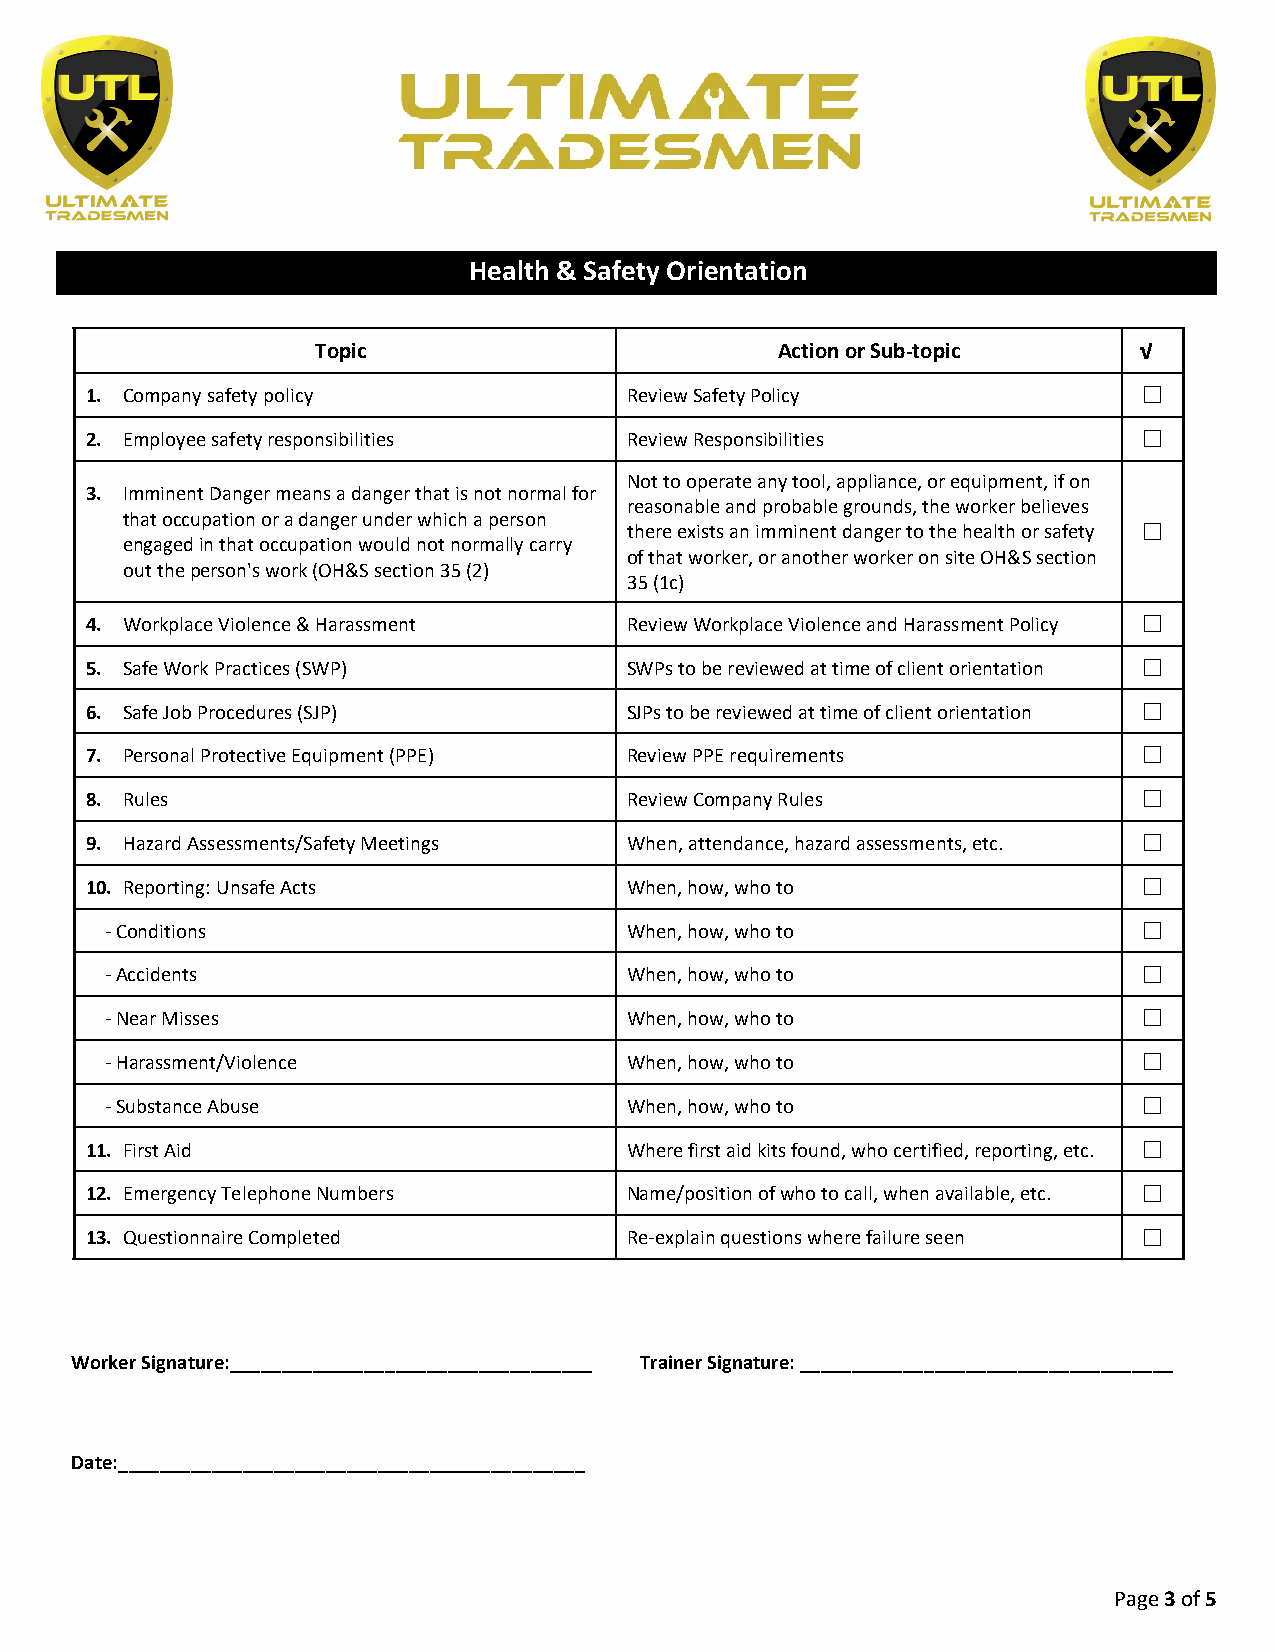
Health & Safety Orientation
 Topic                         Action or Sub-topic     √
 1. Company safety policy            Review Safety Policy              ☐
 2. Employee safety responsibilities Review Responsibilities           ☐
 Not to operate any tool, appliance, or equipment, if on
 3. Imminent Danger means a danger that is not normal for
 reasonable and probable grounds, the worker believes
 that occupation or a danger under which a person
 there exists an imminent danger to the health or safety ☐
 engaged in that occupation would not normally carry
 of that worker, or another worker on site OH&S section
 out the person's work (OH&S section 35 (2)
 35 (1c)
 4. Workplace Violence & Harassment  Review Workplace Violence and Harassment Policy ☐
 5. Safe Work Practices (SWP)        SWPs to be reviewed at time of client orientation ☐
 6. Safe Job Procedures (SJP)        SJPs to be reviewed at time of client orientation ☐
 7. Personal Protective Equipment (PPE) Review PPE requirements        ☐
 8. Rules                            Review Company Rules              ☐
 9. Hazard Assessments/Safety Meetings When, attendance, hazard assessments, etc. ☐
 10. Reporting: Unsafe Acts          When, how, who to                 ☐
 -Conditions                        When, how, who to                 ☐
 -Accidents                         When, how, who to                 ☐
 -Near Misses                       When, how, who to                 ☐
 -Harassment/Violence               When, how, who to                 ☐
 -Substance Abuse                   When, how, who to                 ☐
 11. First Aid                       Where first aid kits found, who certified, reporting, etc. ☐
 12. Emergency Telephone Numbers     Name/position of who to call, when available, etc. ☐
 13. Questionnaire Completed         Re-explain questions where failure seen ☐
 Worker Signature:___________________________________ Trainer Signature: ____________________________________
 Date:_____________________________________________
 Page 3 of 5